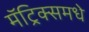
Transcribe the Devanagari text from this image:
मॅट्रिक्समधे